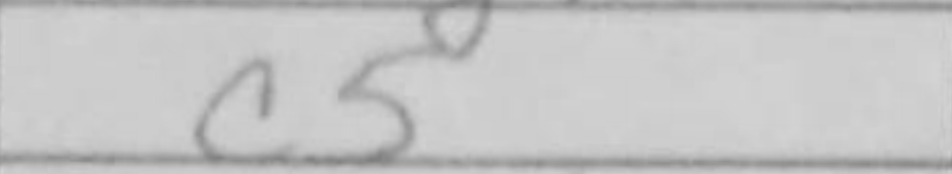
Transcription: c5